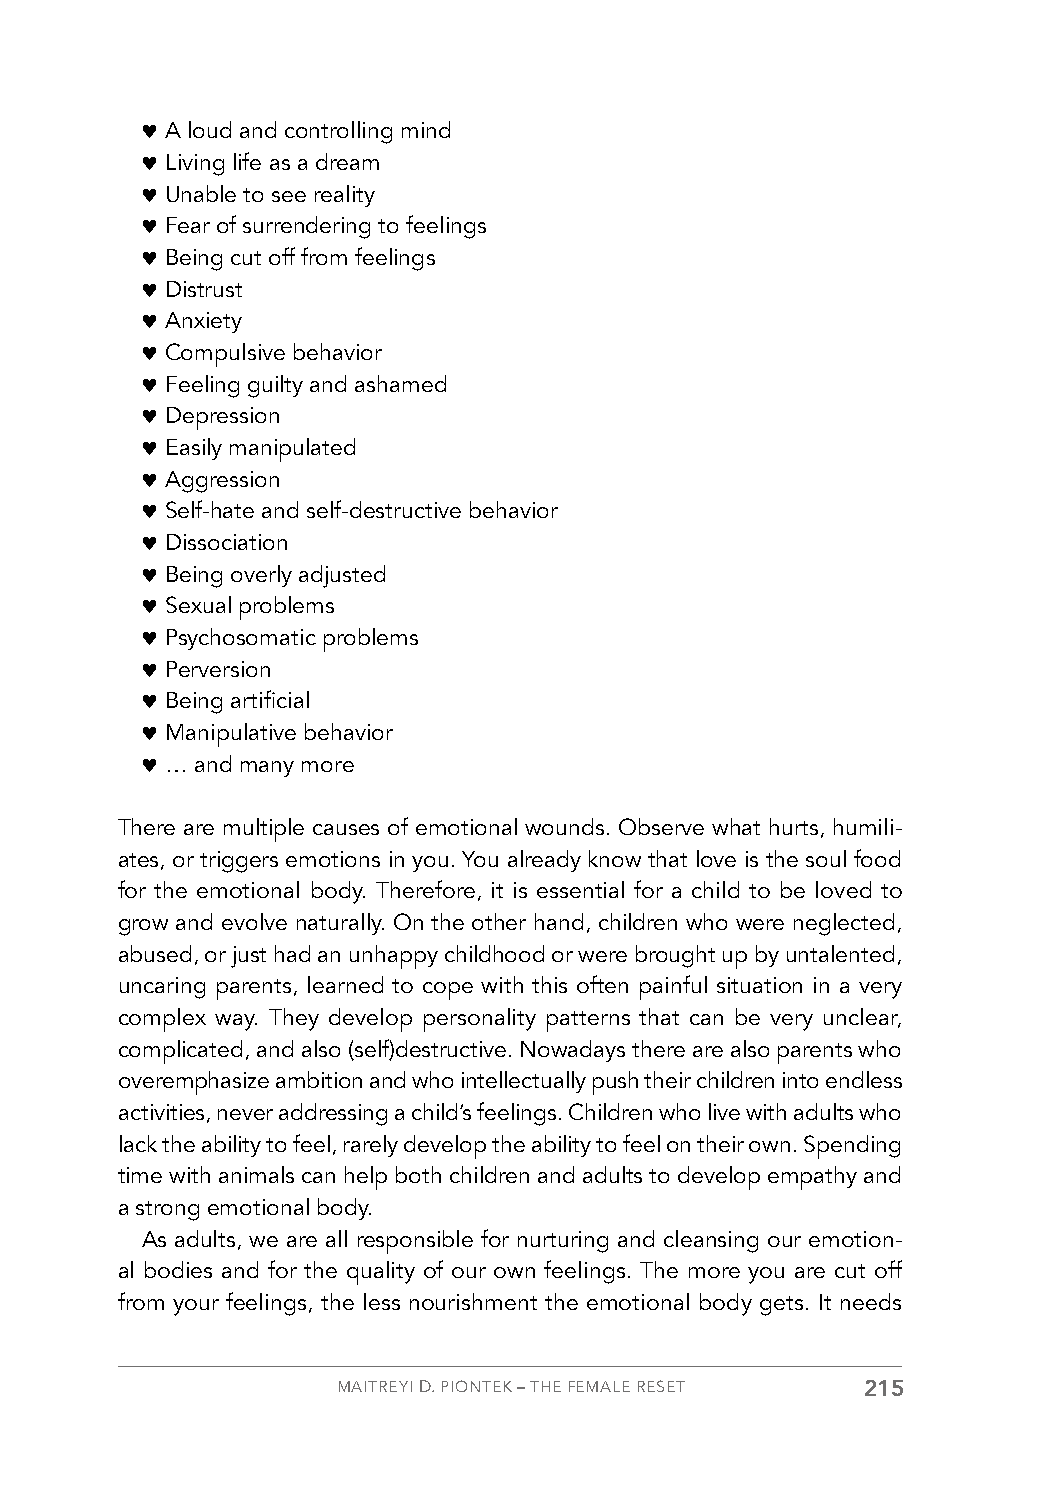
♥ A loud and controlling mind
 ♥ Living life as a dream
 ♥ Unable to see reality
 ♥ Fear of surrendering to feelings
 ♥ Being cut off from feelings
 ♥ Distrust
 ♥ Anxiety
 ♥ Compulsive behavior
 ♥ Feeling guilty and ashamed
 ♥ Depression
 ♥ Easily manipulated
 ♥ Aggression
 ♥ Self-hate and self-destructive behavior
 ♥ Dissociation
 ♥ Being overly adjusted
 ♥ Sexual problems
 ♥ Psychosomatic problems
 ♥ Perversion
 ♥ Being artificial
 ♥ Manipulative behavior
 ♥ … and many more
 There are multiple causes of emotional wounds. Observe what hurts, humili-
 ates, or triggers emotions in you. You already know that love is the soul food
 for the emotional body. Therefore, it is essential for a child to be loved to
 grow and evolve naturally. On the other hand, children who were neglected,
 abused, or just had an unhappy childhood or were brought up by untalented,
 uncaring parents, learned to cope with this often painful situation in a very
 complex way. They develop personality patterns that can be very unclear,
 complicated, and also (self)destructive. Nowadays there are also parents who
 overemphasize ambition and who intellectually push their children into endless
 activities, never addressing a child’s feelings. Children who live with adults who
 lack the ability to feel, rarely develop the ability to feel on their own. Spending
 time with animals can help both children and adults to develop empathy and
 a strong emotional body.
 As adults, we are all responsible for nurturing and cleansing our emotion-
 al bodies and for the quality of our own feelings. The more you are cut off
 from your feelings, the less nourishment the emotional body gets. It needs
 MAITREYI D. PIONTEK – THE FEMALE RESET 215